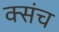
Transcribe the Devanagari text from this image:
क्संच